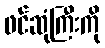
ဖင်ဆုံကြီးကို